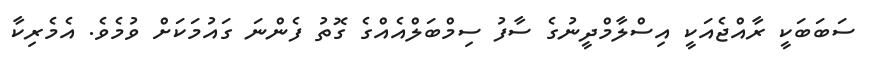
ސަބަބަކީ ރާއްޖެއަކީ އިސްލާމްދީނުގެ ސާފު ސިމްބަލްއެއްގެ ގޮތު ފެންނަ ގައުމަކަށް ވުމެވެ. އެމެރިކާ